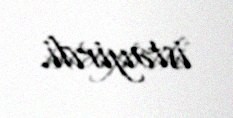
istəyirdi.